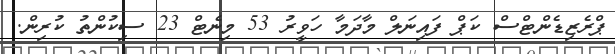
ޕްރެޒިޑެންޓްސް ކަޕް ފައިނަލް މާދަމާ ހަވީރު 53 މިނެޓް 23 ސިކުންތު ކުރިން.